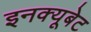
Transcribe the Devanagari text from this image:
इनक्यूबेट